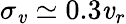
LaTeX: \sigma_{\mathit{v}}\simeq0.3\mathit{v}_{r}